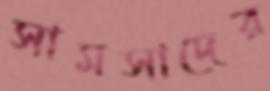
সামসাদের